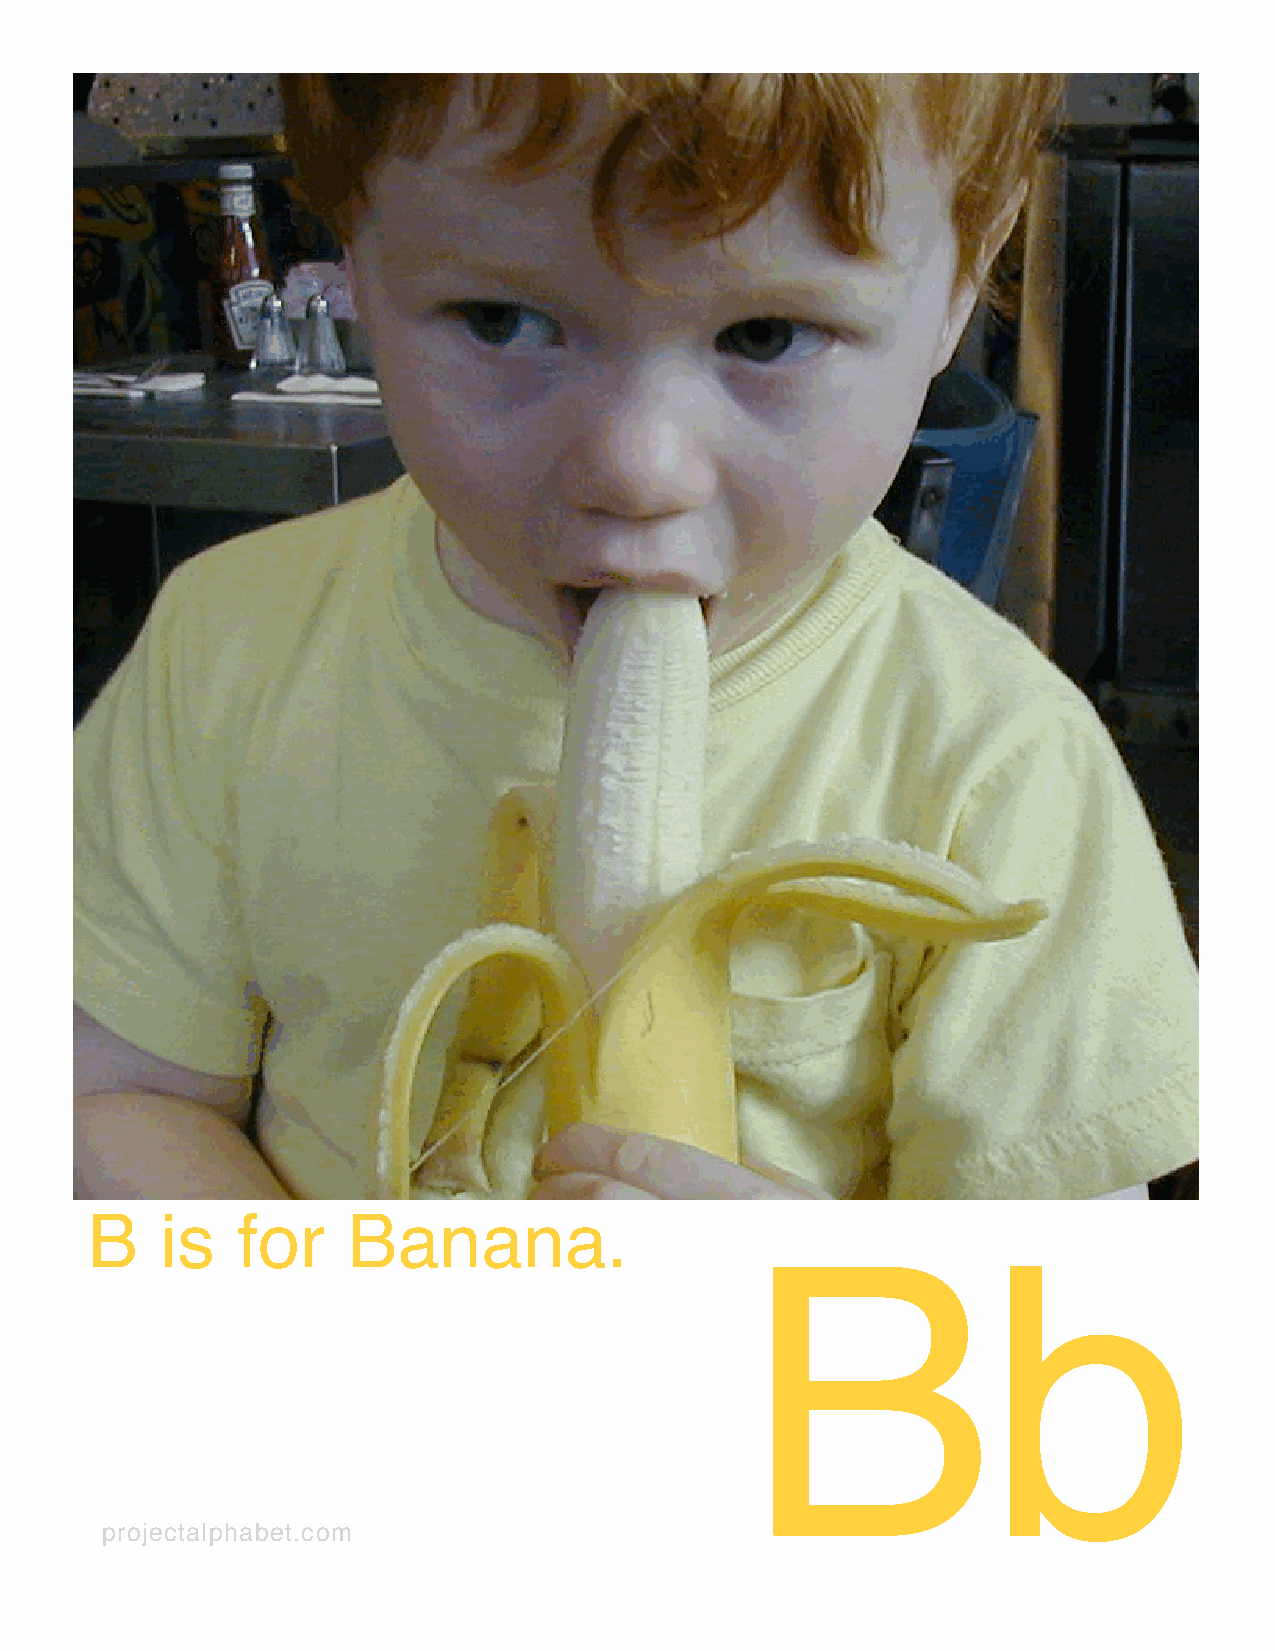
B    is   for    Banana.
 Bb
 p r o j e c t a l p h a b e t . c o m